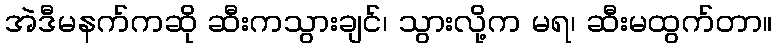
အဲဒီမနက်ကဆို ဆီးကသွားချင်၊ သွားလို့က မရ၊ ဆီးမထွက်တာ။